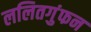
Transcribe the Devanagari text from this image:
ललितगुंफन